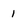
Character: 1